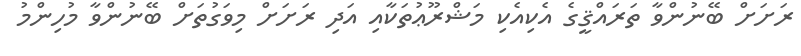
ރަށަށް ބޭނުންވާ ތަރައްޤީގެ އެކިއެކި މަޝްރޫޢުތަކާއި އަދި ރަށަށް މިވަގުތަށް ބޭނުންވާ މުހިންމު